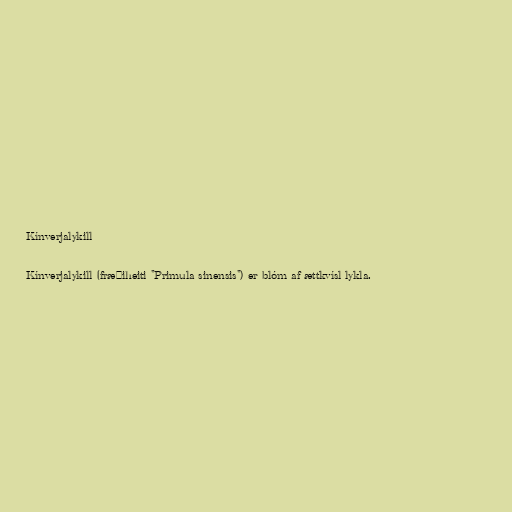
Kínverjalykill

Kínverjalykill (fræðiheiti "Primula sinensis") er blóm af ættkvísl lykla.